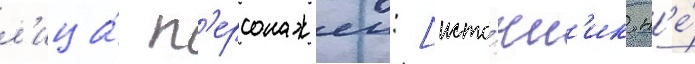
л'ица́ п'ерсонажеи: [исто́чн'ик н'е́